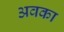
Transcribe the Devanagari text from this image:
अवका